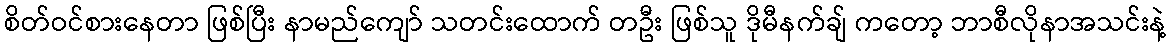
စိတ်ဝင်စားနေတာ ဖြစ်ပြီး နာမည်ကျော် သတင်းထောက် တဦး ဖြစ်သူ ဒိုမီနက်ချ် ကတော့ ဘာစီလိုနာအသင်းနဲ့